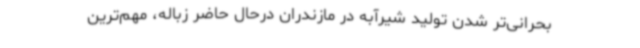
بحرانی‌تر شدن تولید شیرآبه در مازندران درحال حاضر زباله، مهم‌ترین